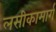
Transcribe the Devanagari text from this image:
लसीकामार्ग